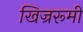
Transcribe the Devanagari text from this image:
खिज्ररूमी